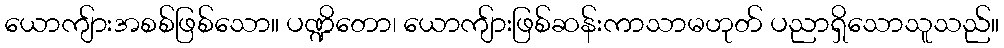
ယောကျ်ားအစစ်ဖြစ်သော။ ပဏ္ဍိတော၊ ယောကျ်ားဖြစ်ဆန်းကာသာမဟုတ် ပညာရှိသောသူသည်။